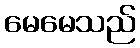
မေမေသည်